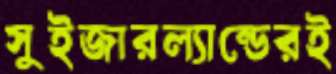
সুইজারল্যান্ডেরই